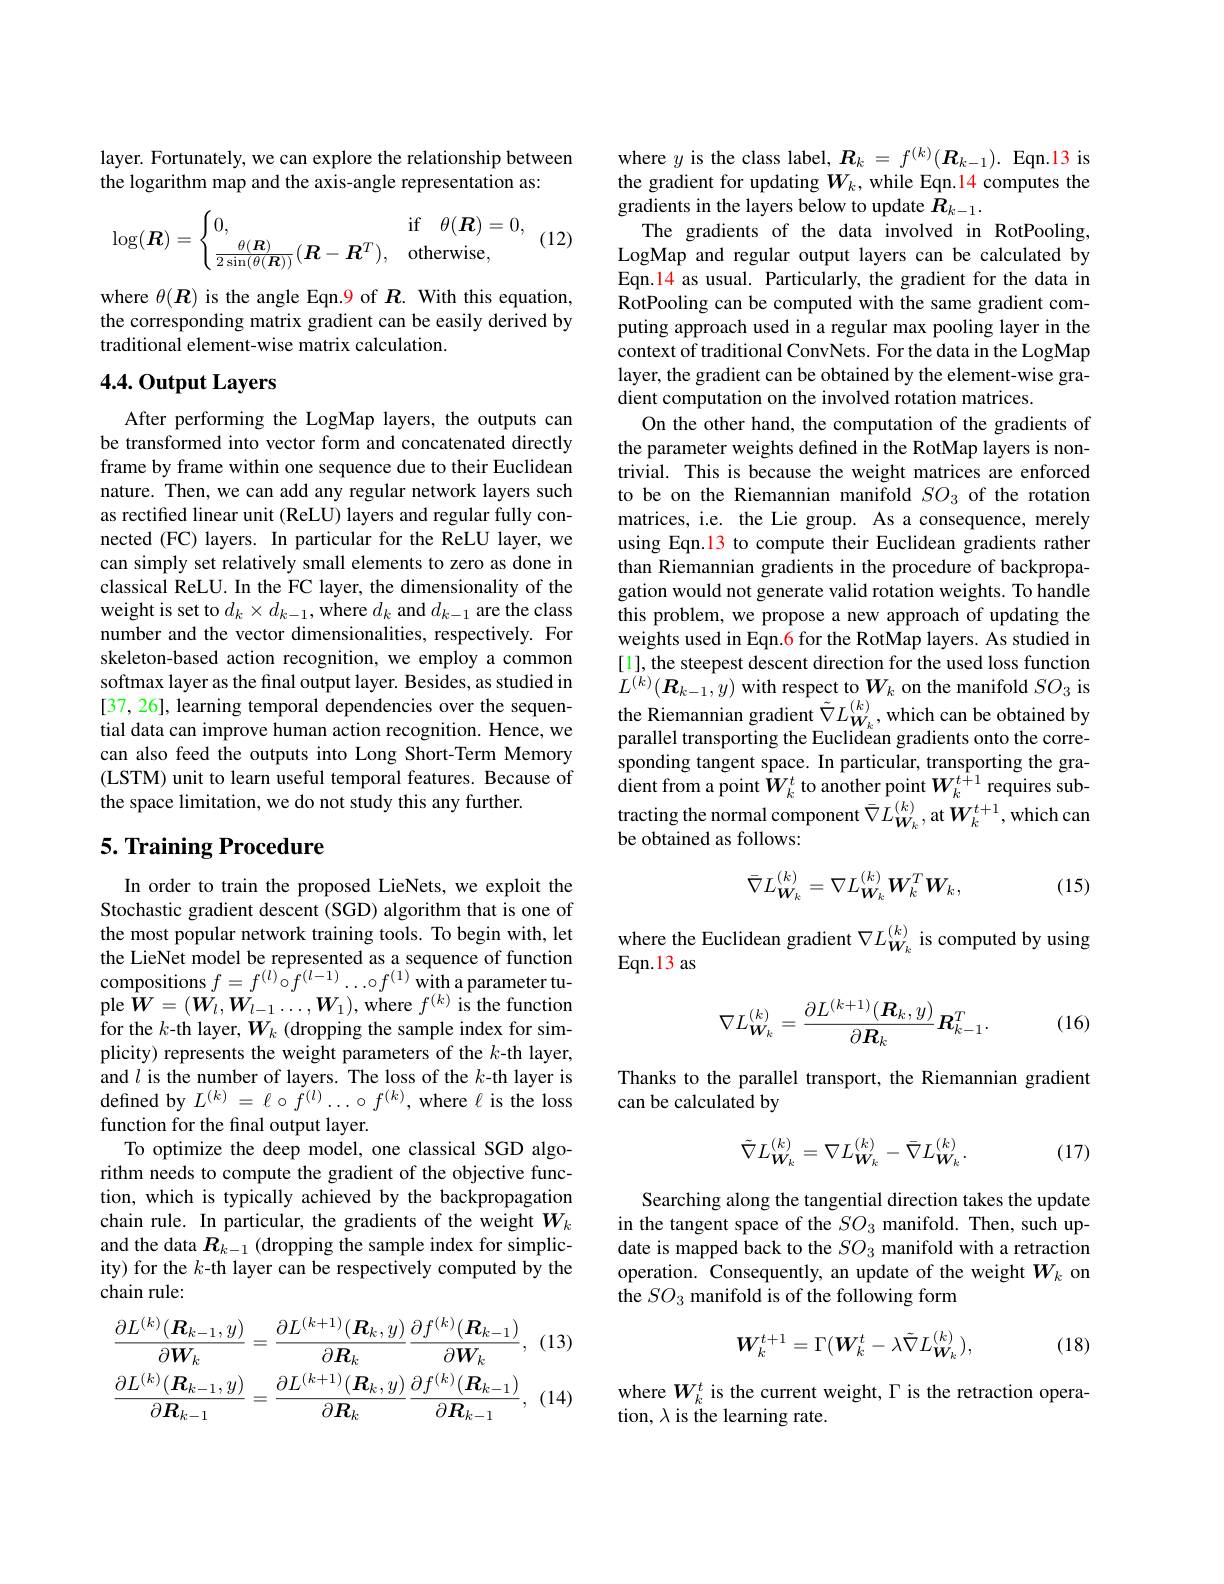
layer. Fortunately, we can explore the relationship between
the logarithm map and the axis-angle representation as:

(12)
$$\log(\boldsymbol R)=\begin{cases}0,&\text{if}\quad\theta(\boldsymbol R)=0,\\\frac{\theta(\boldsymbol R)}{2\sin(\theta(\boldsymbol R))}(\boldsymbol R-\boldsymbol R^T),&\text{otherwise},\end{cases}$$
where $\theta(\boldsymbol{R})$ is the angle Eqn.9 of $\boldsymbol R.$ With this equation, the corresponding matrix gradient can be easily derived by traditional element-wise matrix calculation.

## 4.4.0utput Layers

After performing the LogMap layers, the outputs can be transformed into vector form and concatenated directly frame by frame within one sequence due to their Euclidean nature. Then, we can add any regular network layers such as rectified linear unit (ReLU) layers and regular fully connected (FC) layers. In particular for the ReLU layer, we can simply set relatively small elements to zero as done in classical ReLU. In the FC layer, the dimensionality of the weight is set to $d_k\times d_{k-1}$,where $d_k$ and $d_k-1$ are the class number and the vector dimensionalities, respectively. For skeleton-based action recognition, we employ a common softmax layer as the final output layer. Besides, as studied in [37, 26], learning temporal dependencies over the sequential data can improve human action recognition. Hence, we can also feed the outputs into Long Short-Term Memory (LSTM) unit to learn useful temporal features. Because of the space limitation, we do not study this any further.

## 5. Training Procedure

In order to train the proposed LieNets, we exploit the Stochastic gradient descent (SGD) algorithm that is one of the most popular network training tools. To begin with, let the LieNet model be represented as a sequence of function compositions $f= f^{( l) }\circ f^{( l- 1) }\ldots \circ f^{( 1) }$with a parameter tu- ple $W= ( W_{l}, W_{l- 1}\ldots , W_{1}) $, where $f^{( k) }$ is the function for the $k$-th layer, $W_k$ (dropping the sample index for simplicity) represents the weight parameters of the $k$-th layer, and $l$ is the number of layers. The loss of the $k$-th layer is defined by $L^{(k)}=\ell\circ\tilde{f}^{(l)}\ldots\circ f^{(k)}$,where $\ell$ is the loss function for the final output layer.
To optimize the deep model, one classical SGD algorithm needs to compute the gradient of the objective function, which is typically achieved by the backpropagation chain rule. In particular, the gradients of the weight $W_k$ and the data $R_{k-1}$ (dropping the sample index for simplicity) for the $k$-th layer can be respectively computed by the chain rule:
$$\frac{\partial L^{(k)}(R_{k-1},y)}{\partial W_{k}}=\frac{\partial L^{(k+1)}(R_{k},y)}{\partial R_{k}}\frac{\partial f^{(k)}(R_{k-1})}{\partial W_{k}},\\\frac{\partial L^{(k)}(R_{k-1},y)}{\partial R_{k-1}}=\frac{\partial L^{(k+1)}(R_{k},y)}{\partial R_{k}}\frac{\partial f^{(k)}(R_{k-1})}{\partial R_{k-1}},$$
where $y$ is the class label, $\boldsymbol R_k=f^{(k)}(\boldsymbol{R}_{k-1}).$ Eqn.13 is the gradient for updating $W_k$, while Eqn.14 computes the gradients in the layers below to update $R_k-1.$
The gradients of the data involved in RotPooling, LogMap and regular output layers can be calculated by Eqn.14 as usual. Particularly, the gradient for the data in RotPooling can be computed with the same gradient computing approach used in a regular max pooling layer in the context of traditional ConvNets. For the data in the LogMap layer, the gradient can be obtained by the element-wise gradient computation on the involved rotation matrices.
On the other hand, the computation of the gradients of the parameter weights defined in the RotMap layers is nontrivial. This is because the weight matrices are enforced to be on the Riemannian manifold $SO_{3}$ of the rotation matrices, i.e. the Lie group. As a consequence, merely using Eqn.13 to compute their Euclidean gradients rather than Riemannian gradients in the procedure of backpropagation would not generate valid rotation weights. To handle this problem, we propose a new approach of updating the weights used in Eqn.6 for the RotMap layers. As studied in [1], the steepest descent direction for the used loss function $L^{(k)}(\boldsymbol{R}_{k-1},y)$ with respect to $W_k$ on the manifold $SO_3$ is the Riemannian gradient $\tilde{\nabla}L_{W_{k}}^{(k)}$, which can be obtained by parallel transporting the Euclidean gradients onto the corresponding tangent space. In particular, transporting the gra- ${\mathrm{dient~from~a~point~}}\hat{W}_{k}^{t}$ to another point $W_k^{t+1}$ requires subtracting the normal component $\bar{\nabla}L_{W_{k}}^{(k)}$,at $W_{k}^{t+1}$,which car be obtained as follows:
$$\bar{\nabla}L_{W_{k}}^{(k)}=\nabla L_{W_{k}}^{(k)}W_{k}^{T}W_{k},$$
(15)

where the Euclidean gradient $\nabla L_{W_k}^{(k)}$ is computed by using
Eqn.13 as
$$\nabla L_{\boldsymbol{W}_k}^{(k)}=\frac{\partial L^{(k+1)}(\boldsymbol{R}_k,y)}{\partial\boldsymbol{R}_k}\boldsymbol{R}_{k-1}^T.$$
(16)

Thanks to the parallel transport, the Riemannian gradient
can be calculated by
$$\tilde{\nabla}L_{\boldsymbol{W}_k}^{(k)}=\nabla L_{\boldsymbol{W}_k}^{(k)}-\bar{\nabla}L_{\boldsymbol{W}_k}^{(k)}.$$
(17)

Searching along the tangential direction takes the update in the tangent space of the $SO_{3}$ manifold. Then, such update is mapped back to the $SO_{3}$ manifold with a retraction operation. Consequently, an update of the weight $W_k$ on the $SO_{3}$ manifold is of the following form
$$\boldsymbol{W}_k^{t+1}=\Gamma(\boldsymbol{W}_k^t-\lambda\tilde{\nabla}L_{\boldsymbol{W}_k}^{(k)}),$$
(18)

where $W_k^t$ is the current weight, $\Gamma$ is the retraction opera-
tion, $\lambda$ is the learning rate.